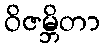
ဝိဇမ္ဘိတာ